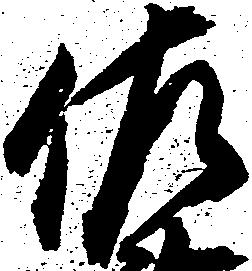
佐